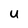
Character: U